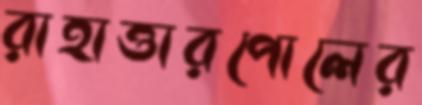
রাহাত্তারপোলের